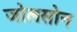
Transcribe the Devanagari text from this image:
जोलसोन